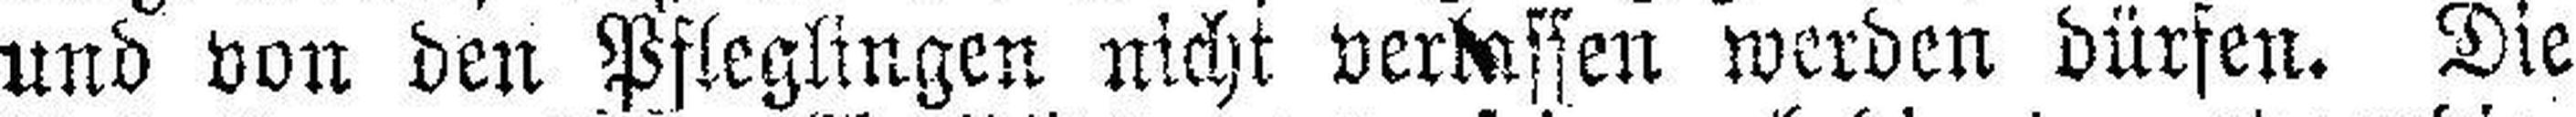
und von den Pfleglingen nicht verlassen werden dürfen. Die